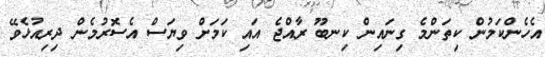
އެހެންކަމުން ކިތަންމެ ގިނައިން ކިނބޫ ރާއްޖެ އައި ކަމަށް ވިޔަސް އެސޮރުމެން ދިރިއުޅެވޭ